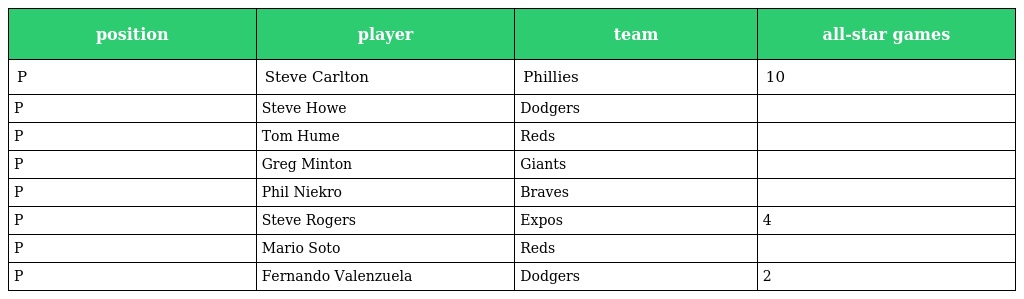
| position | player | team | all-star games |
 | --- | --- | --- | --- |
 | P | Steve Carlton | Phillies | 10 |
 | P | Steve Howe | Dodgers |  |
 | P | Tom Hume | Reds |  |
 | P | Greg Minton | Giants |  |
 | P | Phil Niekro | Braves |  |
 | P | Steve Rogers | Expos | 4 |
 | P | Mario Soto | Reds |  |
 | P | Fernando Valenzuela | Dodgers | 2 |